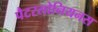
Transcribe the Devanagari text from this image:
पैटरसोनियनस